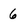
Character: 6